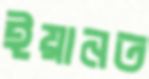
ইয়ানত